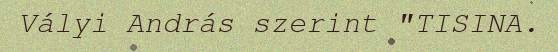
Vályi András szerint "TISINA.